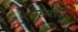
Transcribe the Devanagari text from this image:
कागसॉफ्फ